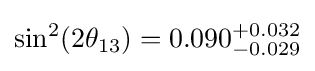
\sin ^{2}(2\theta _{13})=0.090_{-0.029}^{+0.032}